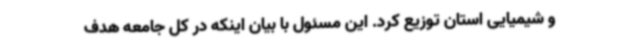
و شیمیایی استان توزیع کرد. این مسئول با بیان اینکه در کل جامعه هدف